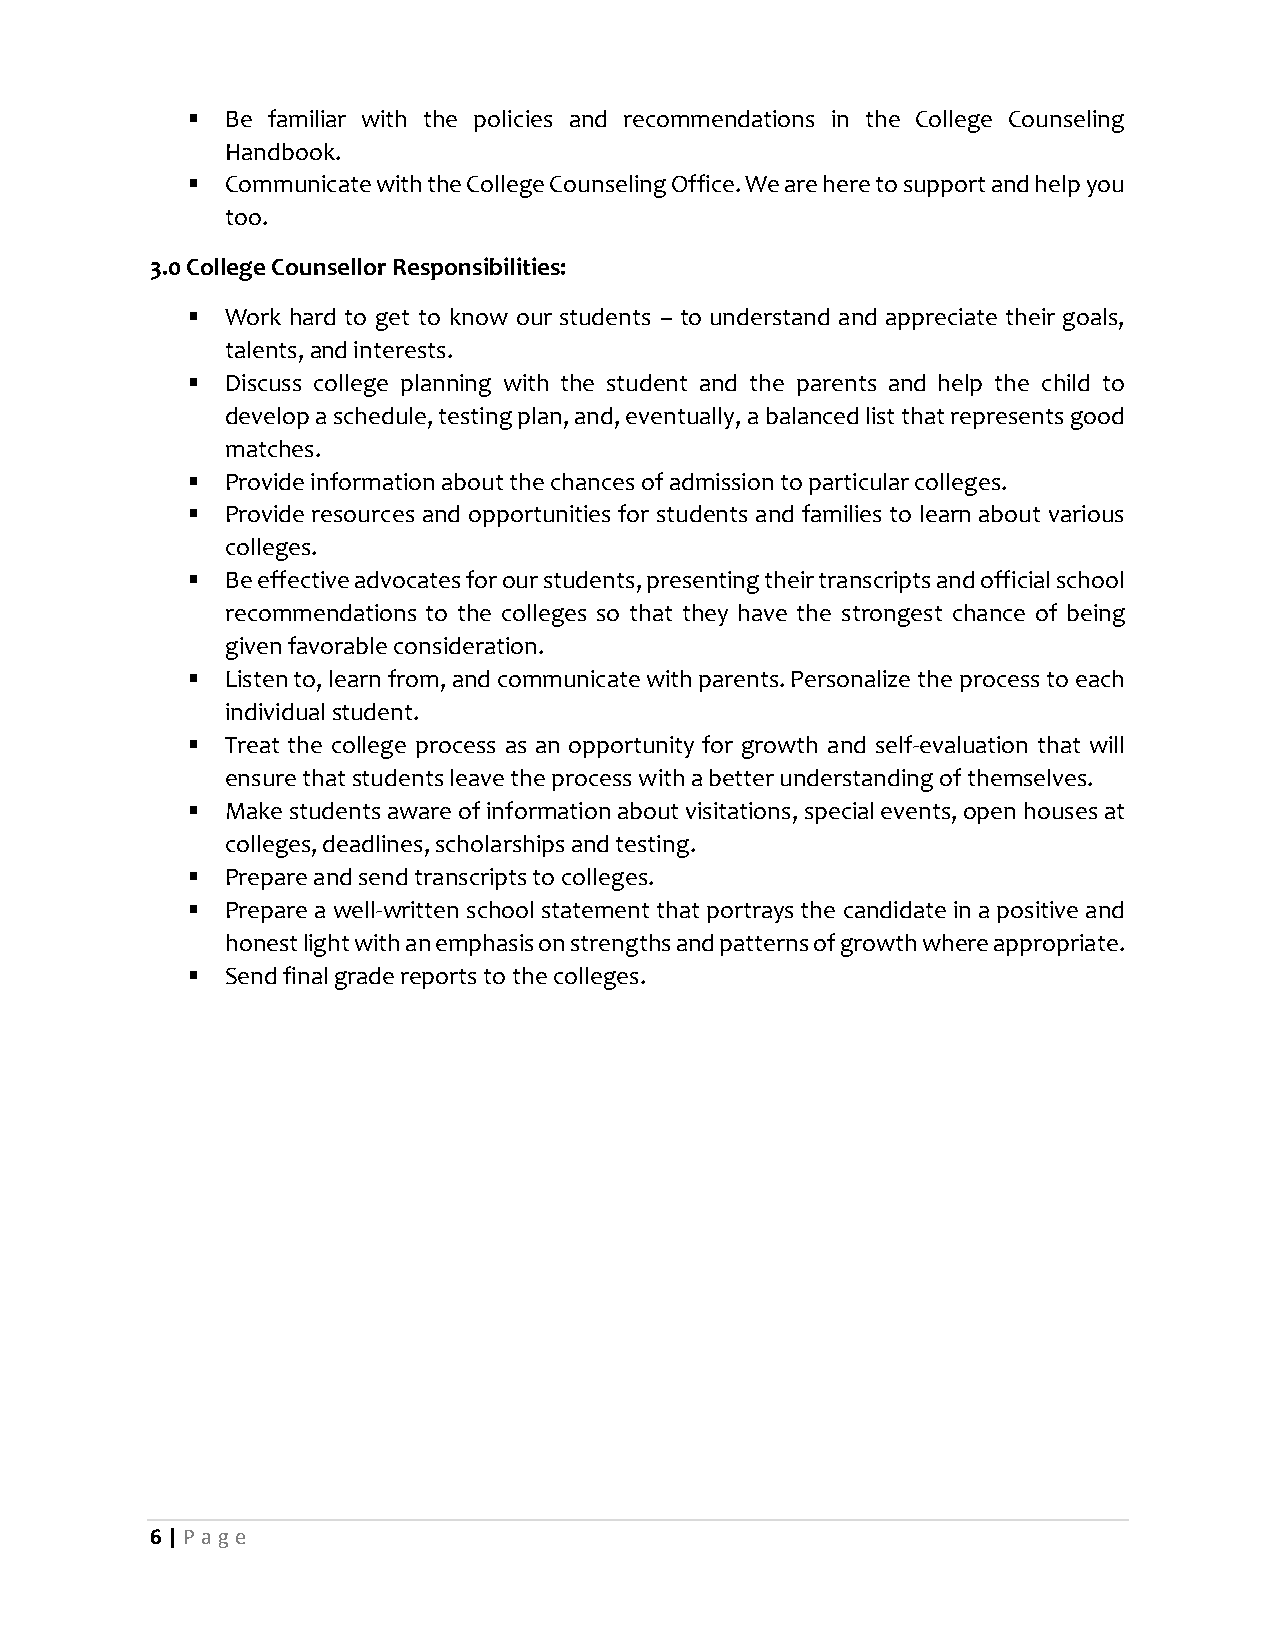
  Be familiar with the policies and recommendations in the College Counseling
 Handbook.
   Communicate with the College Counseling Office. We are here to support and help you
 too.
 3.0 College Counsellor Responsibilities:
   Work hard to get to know our students – to understand and appreciate their goals,
 talents, and interests.
   Discuss college planning with the student and the parents and help the child to
 develop a schedule, testing plan, and, eventually, a balanced list that represents good
 matches.
   Provide information about the chances of admission to particular colleges.
   Provide resources and opportunities for students and families to learn about various
 colleges.
   Be effective advocates for our students, presenting their transcripts and official school
 recommendations to the colleges so that they have the strongest chance of being
 given favorable consideration.
   Listen to, learn from, and communicate with parents. Personalize the process to each
 individual student.
   Treat the college process as an opportunity for growth and self-evaluation that will
 ensure that students leave the process with a better understanding of themselves.
   Make students aware of information about visitations, special events, open houses at
 colleges, deadlines, scholarships and testing.
   Prepare and send transcripts to colleges.
   Prepare a well-written school statement that portrays the candidate in a positive and
 honest light with an emphasis on strengths and patterns of growth where appropriate.
   Send final grade reports to the colleges.
 6 | P age